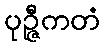
ပုဉ္ဇီကတံ